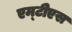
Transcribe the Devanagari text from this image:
एम्‌टीेएस